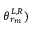
\theta _ { r _ { m } } ^ { L , R } )